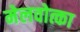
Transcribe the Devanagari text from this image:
मेलवोत्का